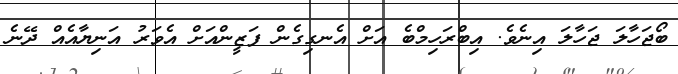
ބޯޖަހާލަ ޖަހާލަ އިނެވެ. އިބްރަހިމްބެ އަށް އެނގިގެން ފަޒީންއަށް އެވަރު އަނިޔާއެއް ދޭނެ